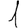
Digit: 1